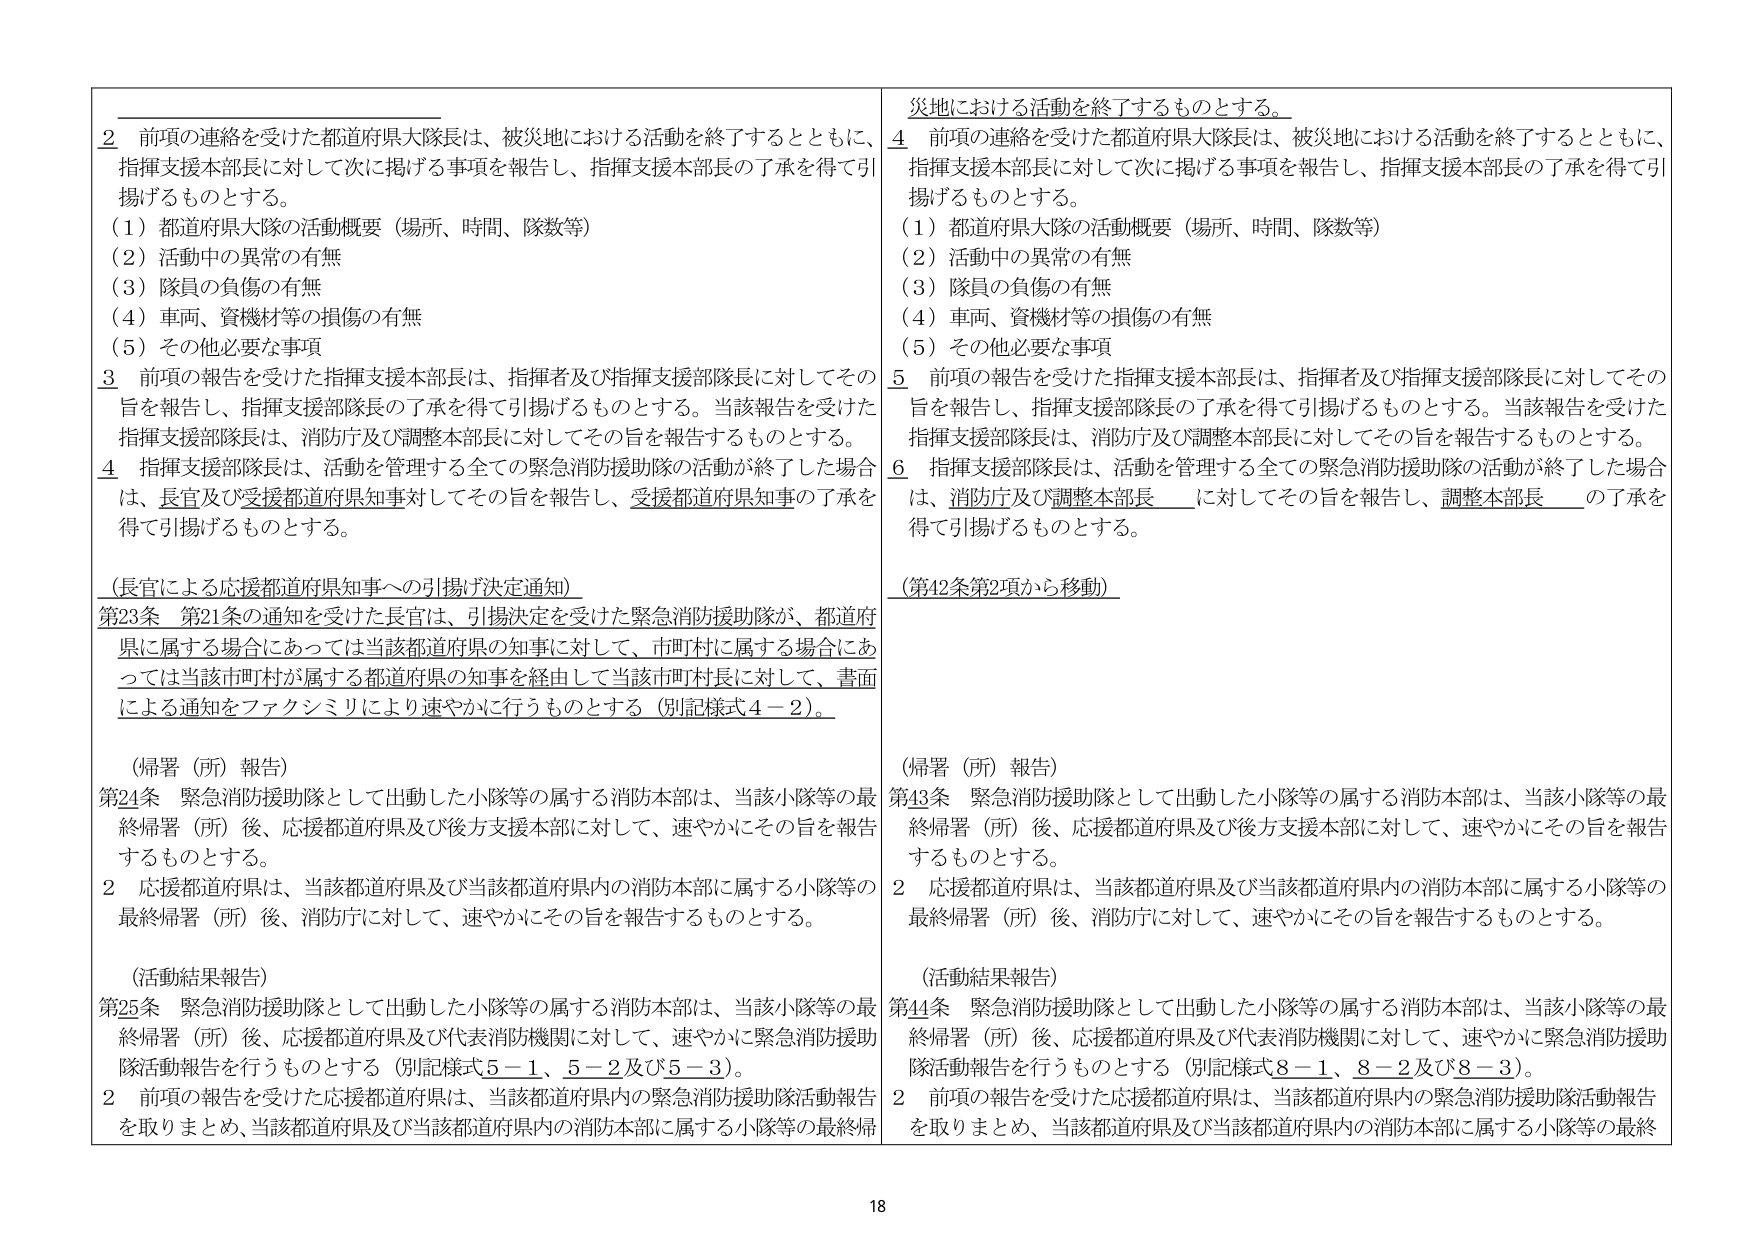
災地における活動を終了するものとする。

2 前項の連絡を受けた都道府県大隊長は、被災地における活動を終了するとともに、指揮支援本部長に対して次に掲げる事項を報告し、指揮支援本部長の了承を得て引揚げるものとする。
（1）都道府県大隊の活動概要（場所、時間、隊数等）
（2）活動中の異常の有無
（3）隊員の負傷の有無
（4）車両、資機材等の損傷の有無
（5）その他必要な事項

3 前項の報告を受けた指揮支援本部長は、指揮者及び指揮支援部隊長に対してその旨を報告し、指揮支援部隊長の了承を得て引揚げるものとする。当該報告を受けた指揮支援部隊長は、消防庁及び調整本部長に対してその旨を報告するものとする。

4 指揮支援部隊長は、活動を管理する全ての緊急消防援助隊の活動が終了した場合は、長官及び支援都道府県知事に対してその旨を報告し、支援都道府県知事の了承を得て引揚げるものとする。

（長官による応援都道府県知事への引揚げ決定通知）
第23条 第21条の通知を受けた長官は、引揚決定を受けた緊急消防援助隊が、都道府県に属する場合にあっては当該都道府県の知事に対して、市町村に属する場合にあっては当該市町村が属する都道府県の知事を経由して当該市町村長に対して、書面による通知をファクシミリにより速やかに行うものとする（別記様式4－2）。

（帰署（所）報告）
第24条 緊急消防援助隊として出動した小隊等の属する消防本部は、当該小隊等の最終帰署（所）後、応援都道府県及び後方支援本部に対して、速やかにその旨を報告するものとする。
2 応援都道府県は、当該都道府県及び当該都道府県内の消防本部に属する小隊等の最終帰署（所）後、消防庁に対して、速やかにその旨を報告するものとする。

（活動結果報告）
第25条 緊急消防援助隊として出動した小隊等の属する消防本部は、当該小隊等の最終帰署（所）後、応援都道府県及び代表消防機関に対して、速やかに緊急消防援助隊活動報告を行うものとする（別記様式5－1、5－2及び5－3）。
2 前項の報告を受けた応援都道府県は、当該都道府県内の緊急消防援助隊活動報告を取りまとめ、当該都道府県及び当該都道府県内の消防本部に属する小隊等の最終帰

4 前項の連絡を受けた都道府県大隊長は、被災地における活動を終了するとともに、指揮支援本部長に対して次に掲げる事項を報告し、指揮支援本部長の了承を得て引揚げるものとする。
（1）都道府県大隊の活動概要（場所、時間、隊数等）
（2）活動中の異常の有無
（3）隊員の負傷の有無
（4）車両、資機材等の損傷の有無
（5）その他必要な事項

5 前項の報告を受けた指揮支援本部長は、指揮者及び指揮支援部隊長に対してその旨を報告し、指揮支援部隊長の了承を得て引揚げるものとする。当該報告を受けた指揮支援部隊長は、消防庁及び調整本部長に対してその旨を報告するものとする。

6 指揮支援部隊長は、活動を管理する全ての緊急消防援助隊の活動が終了した場合は、消防庁及び調整本部長＿＿に対してその旨を報告し、調整本部長＿＿の了承を得て引揚げるものとする。

（第42条第2項から移動）

（帰署（所）報告）
第43条 緊急消防援助隊として出動した小隊等の属する消防本部は、当該小隊等の最終帰署（所）後、応援都道府県及び後方支援本部に対して、速やかにその旨を報告するものとする。
2 応援都道府県は、当該都道府県及び当該都道府県内の消防本部に属する小隊等の最終帰署（所）後、消防庁に対して、速やかにその旨を報告するものとする。

（活動結果報告）
第44条 緊急消防援助隊として出動した小隊等の属する消防本部は、当該小隊等の最終帰署（所）後、応援都道府県及び代表消防機関に対して、速やかに緊急消防援助隊活動報告を行うものとする（別記様式8－1、8－2及び8－3）。
2 前項の報告を受けた応援都道府県は、当該都道府県内の緊急消防援助隊活動報告を取りまとめ、当該都道府県及び当該都道府県内の消防本部に属する小隊等の最終

18